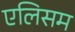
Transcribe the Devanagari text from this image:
एलिसम